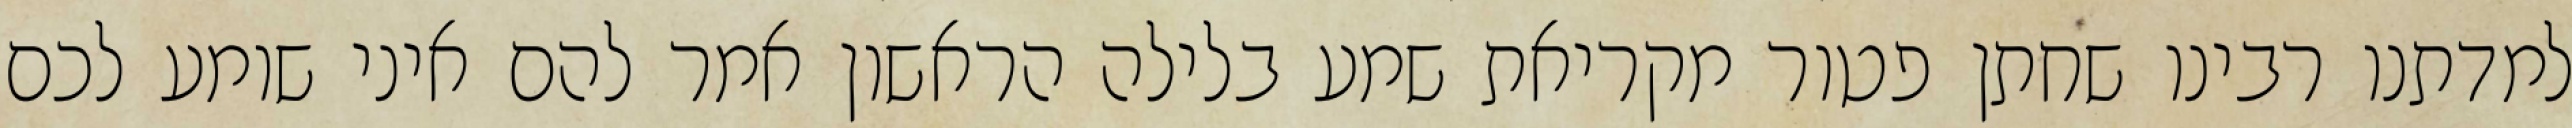
למדתנו רבינו שחתן פטור מקריאת שמע בלילה הראשון אמר להם איני שומע לכם